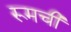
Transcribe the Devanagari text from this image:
रूमची